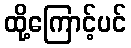
ထို့ကြောင့်ပင်